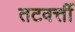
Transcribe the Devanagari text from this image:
तटवर्त्ती